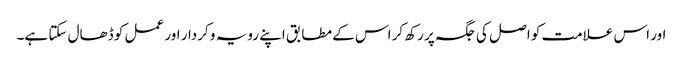
اور اس علامت کو اصل کی جگہ پر رکھ کر اس کے مطابق اپنے رویہ و کردار اور عمل کو ڈھال سکتا ہے۔